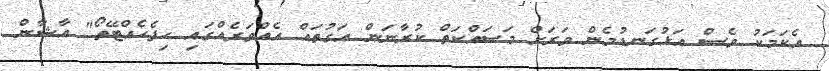
އެކަމަކު ވެސް އަޅުގަނޑުމެން ވަރަށް މަސައްކަތް ކުރާނަން އަގުތައް އެއްވަރެއްގައި ހިފެހެއްޓޭތޯ" އާޝާން